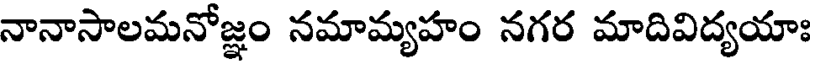
నానాసాలమనోజ్ఞం నమామ్యహం నగర మాదివిద్యయాః